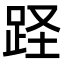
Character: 𨀃